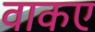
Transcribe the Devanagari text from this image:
वाकए